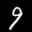
Label: 9